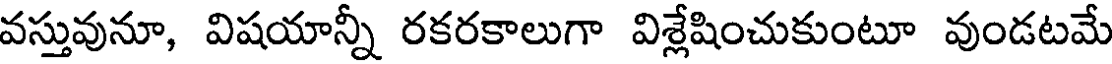
వస్తువునూ, విషయాన్నీ రకరకాలుగా విశ్లేషించుకుంటూ వుండటమే